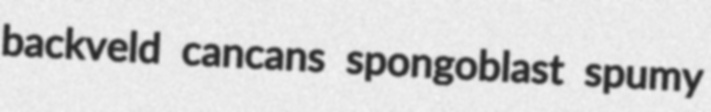
backveld cancans spongoblast spumy